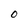
Character: 0